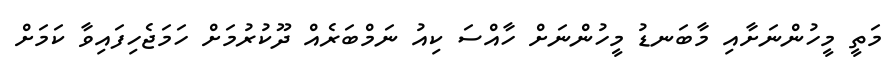
މަތީ މީހުންނަށާއި މާބަނޑު މީހުންނަށް ހާއްސަ ކިއު ނަމްބަރެއް ދޫކުރުމަށް ހަމަޖެހިފައިވާ ކަމަށް